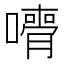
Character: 𡁦